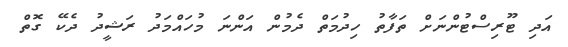
އަދި ޓޫރިސްޓުންނަށް ތަފާތު ހިދުމަތް ދެމުން އަންނަ މުހައްމަދު ރަޝީދު ދެކޭ ގޮތް